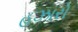
હઝારો